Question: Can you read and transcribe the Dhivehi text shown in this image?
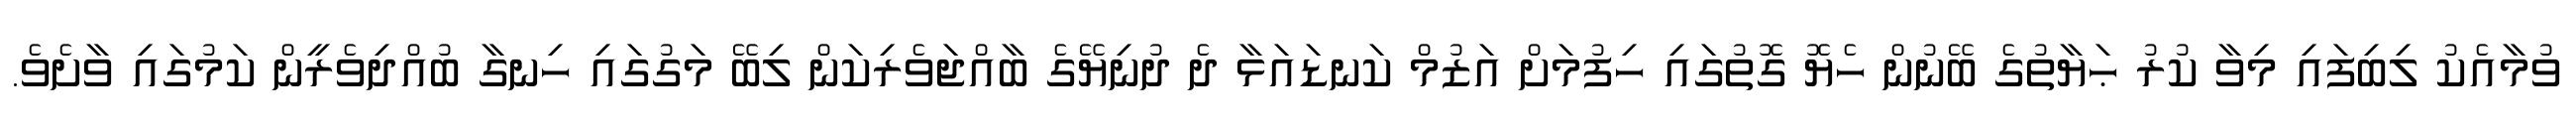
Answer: ވުމާއެކު ލިބިފައި މިވާ ކުރު ޙަޔާތުގެ ބޭނުން ހެޔޮ ގޮތުގައި ހިފުމަށް އަޒުމް ކަނޑައަޅާ ދެ ދުނިޔޭގެ ބާއްޖަވެރިކަން ލިބޭ މަގުގައި ހިނގާ ބުއްދިވެރީން ކަމުގައި ވާށެވެ.